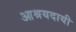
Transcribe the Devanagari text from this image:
आश्रयदायी